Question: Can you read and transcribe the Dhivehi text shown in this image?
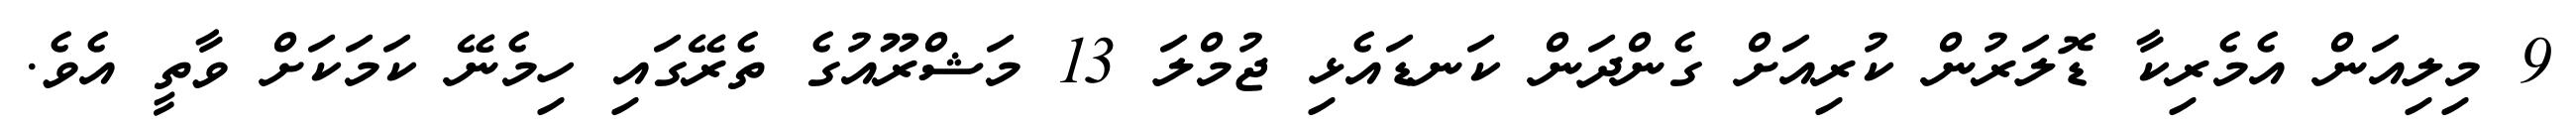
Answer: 9 މިލިއަން އެމެރިކާ ޑޮލަރުން ކުރިއަށް ގެންދަން ކަނޑައެޅި ޖުމްލަ 13 މަޝްރޫއުގެ ތެރޭގައި ހިމެނޭ ކަމަކަށް ވާތީ އެވެ.